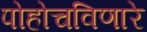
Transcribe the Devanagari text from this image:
पोहोचविणारे